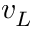
v _ { L }